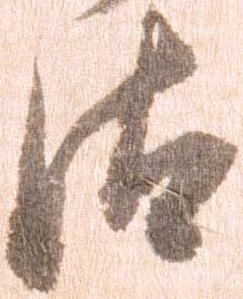
汰